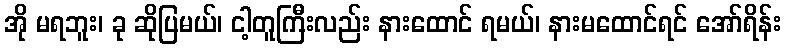
အို မရဘူး၊ ခု ဆိုပြမယ်၊ ငါ့တူကြီးလည်း နားထောင် ရမယ်၊ နားမထောင်ရင် အော်ရိန်း